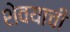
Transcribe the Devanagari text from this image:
शेवयाची